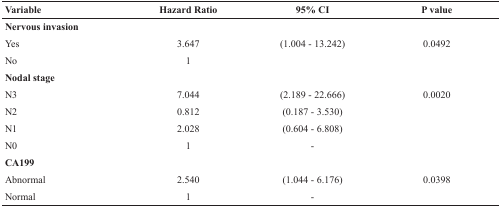
<table><thead><tr><td><b>Variable</b></td><td><b>Hazard Ratio</b></td><td><b>95% CI</b></td><td><b>P value</b></td></tr></thead><tbody><tr><td><b>Nervous invasion</b></td><td></td><td></td><td></td></tr><tr><td>Yes</td><td>3.647</td><td>(1.004 - 13.242)</td><td>0.0492</td></tr><tr><td>No</td><td>1</td><td></td><td></td></tr><tr><td><b>Nodal stage</b></td><td></td><td></td><td></td></tr><tr><td>N3</td><td>7.044</td><td>(2.189 - 22.666)</td><td>0.0020</td></tr><tr><td>N2</td><td>0.812</td><td>(0.187 - 3.530)</td><td></td></tr><tr><td>N1</td><td>2.028</td><td>(0.604 - 6.808)</td><td></td></tr><tr><td>N0</td><td>1</td><td>-</td><td></td></tr><tr><td><b>CA199</b></td><td></td><td></td><td></td></tr><tr><td>Abnormal</td><td>2.540</td><td>(1.044 - 6.176)</td><td>0.0398</td></tr><tr><td>Normal</td><td>1</td><td>-</td><td></td></tr></tbody></table>